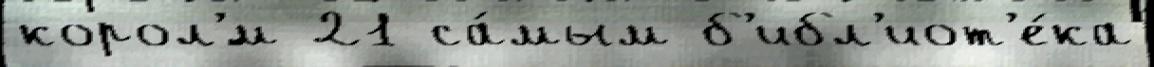
корол'́м 21 са́мым б'ибл'иот'е́ка